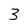
Character: 3